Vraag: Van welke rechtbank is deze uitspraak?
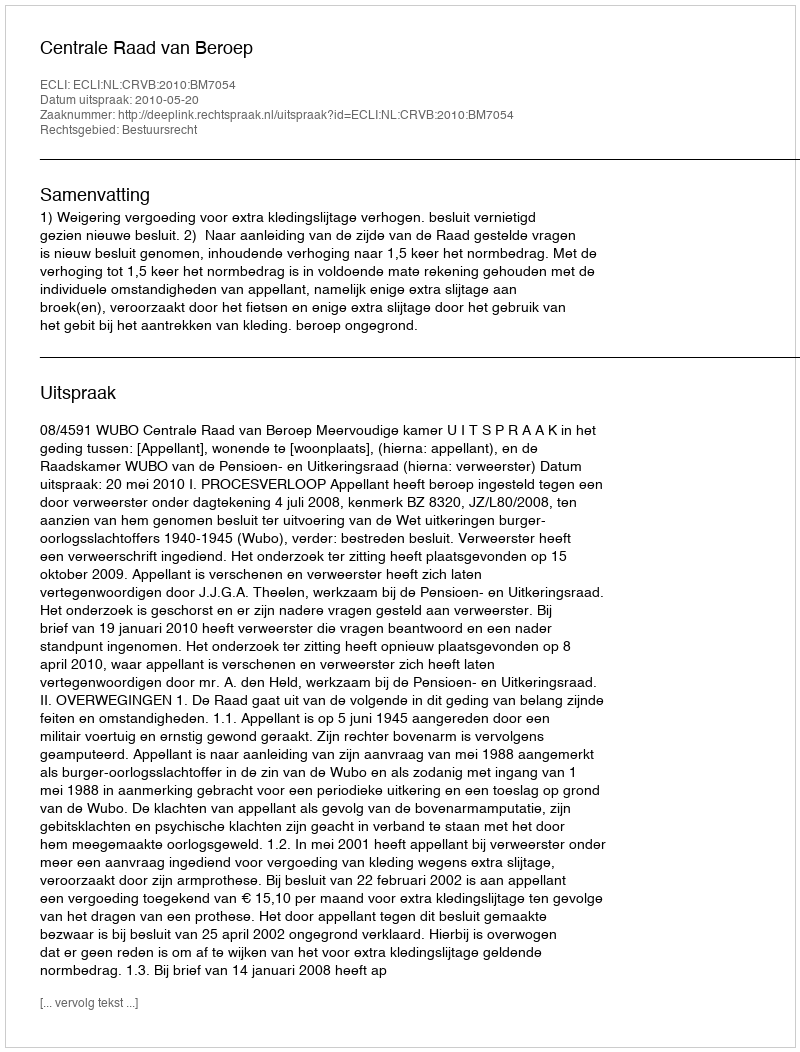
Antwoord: Centrale Raad van Beroep